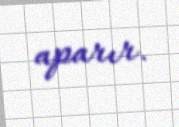
aparır.